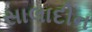
સાલાદીન